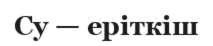
Су — еріткіш